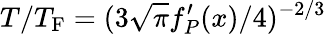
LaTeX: T/T_{\mathrm{F}}=(3\sqrt{\pi}f_{P}^{\prime}(x)/4)^{-2/3}